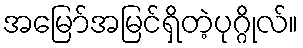
အမြော်အမြင်ရှိတဲ့ပုဂ္ဂိုလ်။